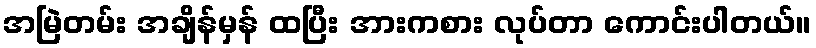
အမြဲတမ်း အချိန်မှန် ထပြီး အားကစား လုပ်တာ ကောင်းပါတယ်။